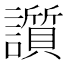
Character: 䜠